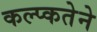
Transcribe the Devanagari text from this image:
कल्प्कतेने